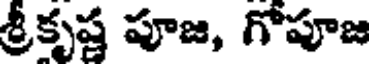
శ్రీకృష్ణ పూజ, గోపూజ